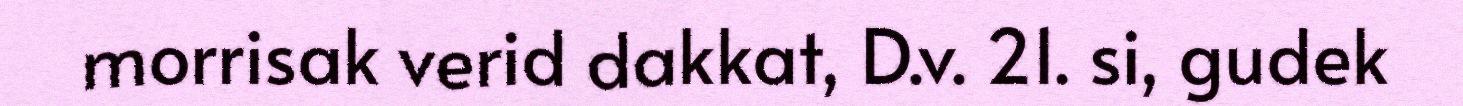
morrisak verid dakkat, D.v. 21. si, gudek